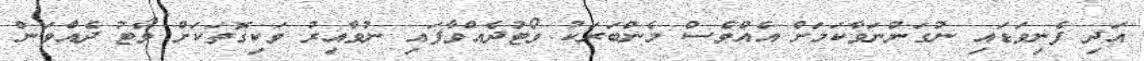
އަދި ފެނިވަޑައި ނުގަންނަވާކަމަށް އެއްވެސް މެންބަރަކު ވޯޓުދެއްވާފައި ނުވާއިރުު ވަކިގޮތަކަށް ވޯޓު ދެއްވަން